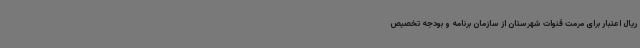
ریال اعتبار برای مرمت قنوات شهرستان از سازمان برنامه و بودجه تخصیص